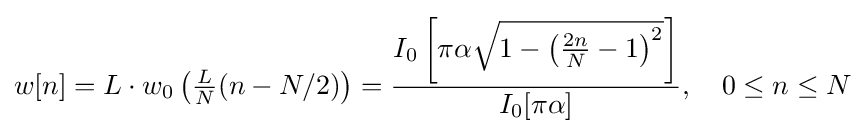
w[n]=L\cdot w_{0}\left({\tfrac {L}{N}}(n-N/2)\right)={\frac {I_{0}\left[\pi \alpha {\sqrt {1-\left({\frac {2n}{N}}-1\right)^{2}}}\right]}{I_{0}[\pi \alpha ]}},\quad 0\leq n\leq N